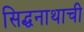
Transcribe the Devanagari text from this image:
सिद्धनाथाची